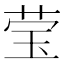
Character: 莹